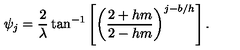
\psi _ { j } = \frac { 2 } { \lambda } \tan ^ { - 1 } \left[ \left( \frac { 2 + h m } { 2 - h m } \right) ^ { j - b / h } \right] .